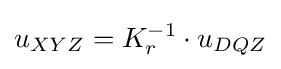
u_{XYZ}=K_{r}^{-1}\cdot u_{DQZ}